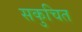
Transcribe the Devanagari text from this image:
सकुचित